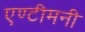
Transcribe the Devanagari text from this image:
एण्टीमनी